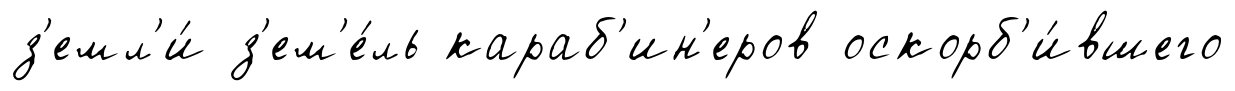
з'емл'и́ з'ем'е́ль караб'ин'еров оскорб'и́вшего